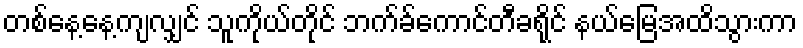
တစ်နေ့နေ့ကျလျှင် သူကိုယ်တိုင် ဘက်ခ်ကောင်တီခရိုင် နယ်မြေအထိသွားကာ